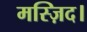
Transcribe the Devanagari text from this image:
मस्ज़िद।